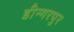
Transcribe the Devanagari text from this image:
डीन्गरपुर